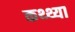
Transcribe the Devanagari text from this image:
कथ्थ्या